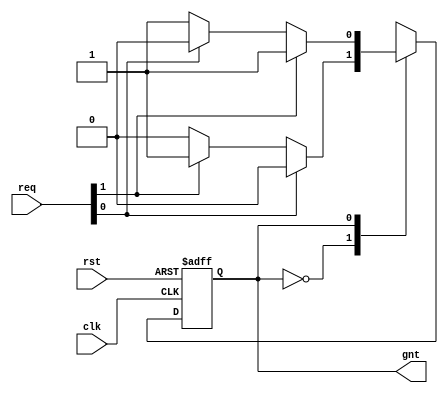
/* Copyright (c) 2013 by the author(s)
 *
 * Permission is hereby granted, free of charge, to any person obtaining a copy
 * of this software and associated documentation files (the "Software"), to deal
 * in the Software without restriction, including without limitation the rights
 * to use, copy, modify, merge, publish, distribute, sublicense, and/or sell
 * copies of the Software, and to permit persons to whom the Software is
 * furnished to do so, subject to the following conditions:
 *
 * The above copyright notice and this permission notice shall be included in
 * all copies or substantial portions of the Software.
 *
 * THE SOFTWARE IS PROVIDED "AS IS", WITHOUT WARRANTY OF ANY KIND, EXPRESS OR
 * IMPLIED, INCLUDING BUT NOT LIMITED TO THE WARRANTIES OF MERCHANTABILITY,
 * FITNESS FOR A PARTICULAR PURPOSE AND NONINFRINGEMENT. IN NO EVENT SHALL THE
 * AUTHORS OR COPYRIGHT HOLDERS BE LIABLE FOR ANY CLAIM, DAMAGES OR OTHER
 * LIABILITY, WHETHER IN AN ACTION OF CONTRACT, TORT OR OTHERWISE, ARISING FROM,
 * OUT OF OR IN CONNECTION WITH THE SOFTWARE OR THE USE OR OTHER DEALINGS IN
 * THE SOFTWARE.
 *
 * =============================================================================
 *
 * Wishbone Bus Arbiter with two inputs
 *
 * Author(s):
 *   Stefan Wallentowitz <stefan.wallentowitz@tum.de>
 */

module memtile_bus_arbiter(/*AUTOARG*/
   // Outputs
   gnt,
   // Inputs
   clk, rst, req
   );

   localparam GRANT0 = 1'd0;
   localparam GRANT1 = 1'd1;

   input clk;
   input rst;
   input  [1:0] req; // request input
   output [0:0] gnt; // grant output

   reg state;
   reg state_nxt;

   assign gnt = state;

   always @(posedge clk or posedge rst) begin
      if (rst) begin
         state <= GRANT0;
      end else begin
         state <= state_nxt;
      end
   end

   always @(state or req) begin
      state_nxt = state;

      case (state)
         GRANT0: begin
            if (!req[0]) begin
               if (req[1]) begin
                  state_nxt = GRANT1;
               end
            end
         end

         GRANT1: begin
            if (!req[1]) begin
               if (req[0]) begin
                  state_nxt = GRANT0;
               end
            end
         end
      endcase
   end
endmodule